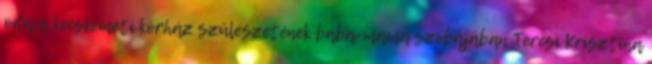
oda a kecskeméti kórház szülészetének baba-mama szobájában Tercsi Krisztina